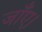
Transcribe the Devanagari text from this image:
जाँए।